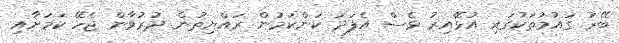
ބޭރު ގައުމުތަކުގައި އުޅޭއިރު ވެސް އެފަދަ ކަންކަމުން ރައްޔިތުން ދުރުވާން ޖެހޭ ކަމަށާއި